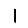
Digit: 1